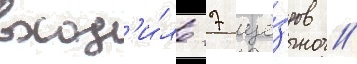
вход'и́ло 7 уе́здов //